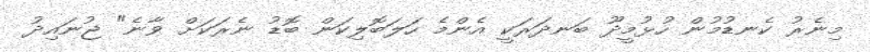
މިނެރު ކެނޑުމުން ހުޅުމީދޫ ބަނދަރަކީ އެންމެ ހަލަބޮލިކަން ބޮޑު ނެރަކަށް ވާނެ" ޖުނައިދު